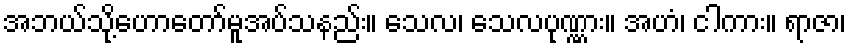
အဘယ်သို့ဟောတော်မူအပ်သနည်း။ သေလ၊ သေလပုဏ္ဏား။ အဟံ၊ ငါကား။ ရာဇာ၊